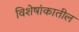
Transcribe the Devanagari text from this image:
विशेषांकातील